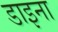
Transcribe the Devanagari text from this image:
डाइना